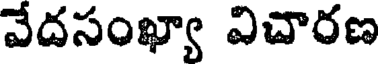
వేదసంఖ్యా విచారణ